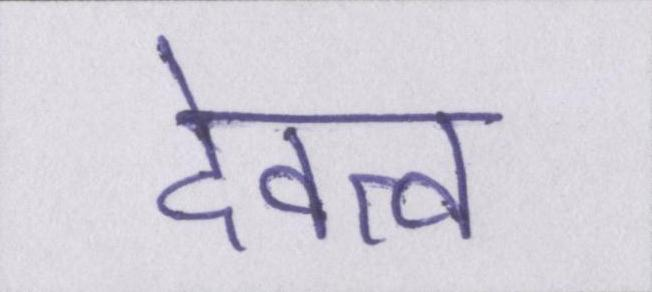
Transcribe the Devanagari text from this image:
देवत्व